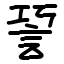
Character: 䛒